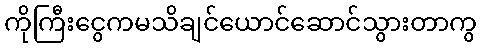
ကိုကြီးငွေကမသိချင်ယောင်ဆောင်သွားတာကွ